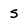
Character: s